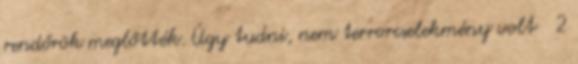
rendőrök meglőtték. Úgy tudni, nem terrorcselekmény volt 2